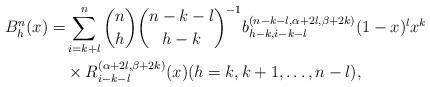
LaTeX: \begin{align*}B_{h}^{n}(x) = &\sum_{i=k+l}^{n}\binom{n}{h}\binom{n-k-l}{h-k}^{-1}b_{h-k,i-k-l}^{(n-k-l,\alpha+2l,\beta+2k)}(1-x)^lx^k\\&\times R_{i-k-l}^{(\alpha+2l,\beta+2k)}(x) (h=k,k+1,\ldots,n-l),\end{align*}